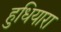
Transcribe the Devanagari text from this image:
हुधियारा